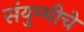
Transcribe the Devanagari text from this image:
संयुग्मीचे